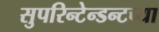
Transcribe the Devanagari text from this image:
सुपरिन्टेन्डन्टच्या